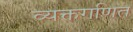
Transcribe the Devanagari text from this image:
व्यक्तगणित